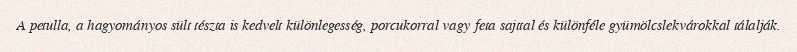
A petulla, a hagyományos sült tészta is kedvelt különlegesség, porcukorral vagy feta sajttal és különféle gyümölcslekvárokkal tálalják.